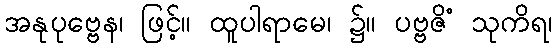
အနုပုဗ္ဗေန၊ ဖြင့်။ ထူပါရာမေ၊ ၌။ ပဗ္ဗဇိံ သုကိရ၊